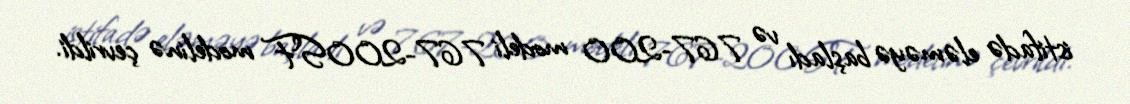
istifadə eləməyə başladı və 767-200 modeli 767-200SF modelinə çevrildi.